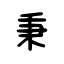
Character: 秉